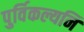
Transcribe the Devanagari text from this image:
पुर्विकल्यनि